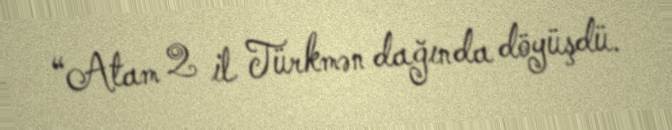
“Atam 2 il Türkmən dağında döyüşdü.